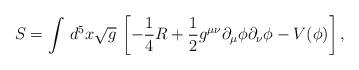
LaTeX: \begin{align*}S= \int \, d^5x \sqrt{g} \, \left [-\frac{1}{4}R + \frac{1}{2} g^{\mu\nu}\partial_\mu \phi \partial_\nu \phi -V(\phi) \right],\end{align*}